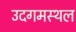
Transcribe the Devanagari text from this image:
उदगमस्थल